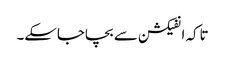
تاکہ انفیکشن سے بچاجاسکے۔